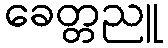
ခေတ္တညူ